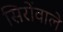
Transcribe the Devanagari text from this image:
सिरोंवाले